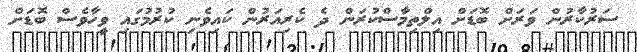
ސަރުކާރުން ވަރަށް ބޮޑަށް އިލްތިމާސްކުރަން ދެ ކެރިއަރުން ކައިވެނި ކުރުމުގައި ވީހާވެސް ބޮޑަށް